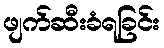
ဖျက်ဆီးခံရခြင်း